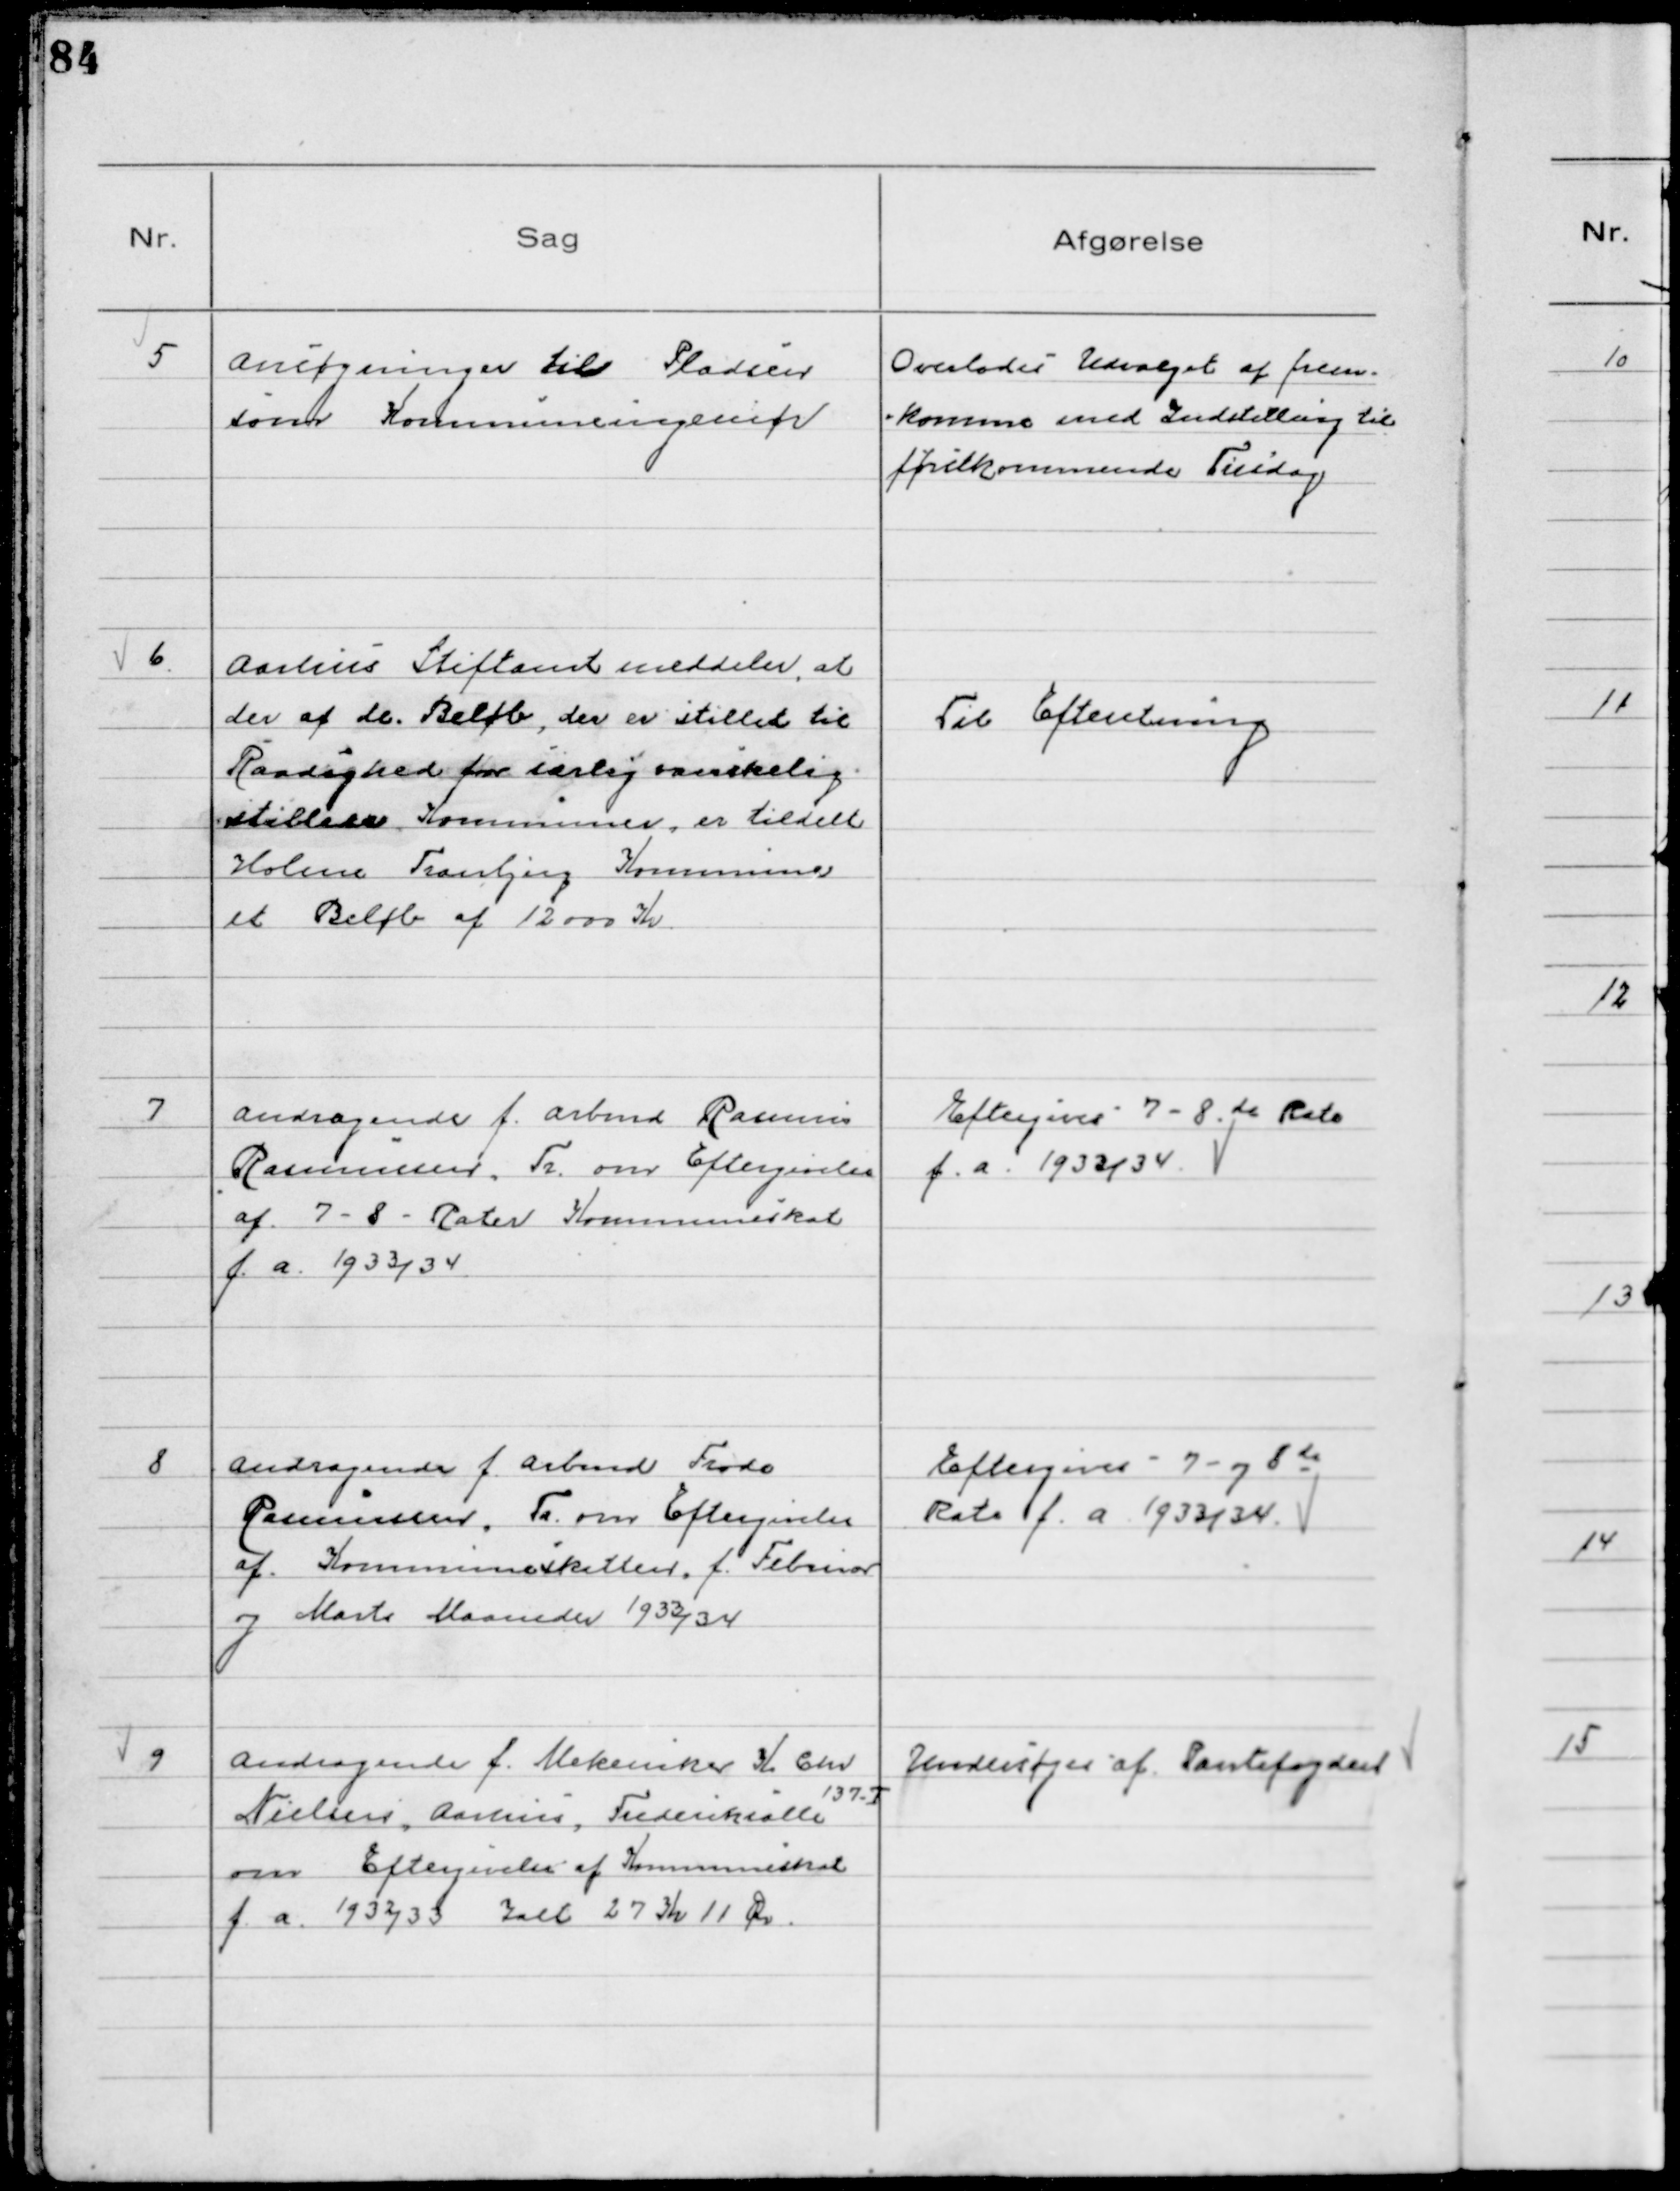
Transskription:
5
Ansøgninger til Pladsen
som Kommuneingeniør

Overlodes Udvalget at frem-
komme med Indstilling til
førstkommende Tirsdag

6
Aarhus Stiftamt meddeler, at
der af de Beløb, der er stillet til
Raadighed for særlig vanskelig-
stillede Kommuner, er tildelt
Holme Tranbjerg Kommune
et Beløb af 12000 Kr

Til Efteretning

7
Andragende f. Arbmd Rasmus
Rasmussen, Tr. om Eftergivelse
af 7 - 8 - Rater Kommuneskat
f. a. 1933/34

Eftergives 7 - 8 de Rate
f. a. 1933/34

8
Andragende f. Arbmd Frode
Rasmussen, Tr. om Eftergivelse
af Kommuneskatten f. Februar
og Marts Maaneder 1933/34

Eftergives - 7 - og 8 de
Rate f. a. 1933/34

9
Andragende f. Mekaniker K Chr
Nielsen, Aarhus, Frederiksalle
137 - T
om Eftergivelse af Kommuneskat
f. a. 1932/33 Ialt 27 Kr 11 Ør

Undersøges af Pantefogden